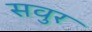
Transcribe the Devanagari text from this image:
सवुर